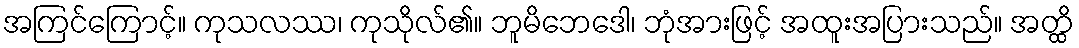
အကြင်ကြောင့်။ ကုသလဿ၊ ကုသိုလ်၏။ ဘူမိဘေဒေါ၊ ဘုံအားဖြင့် အထူးအပြားသည်။ အတ္ထိ